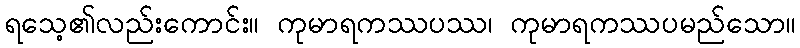
ရသေ့၏လည်းကောင်း။ ကုမာရကဿပဿ၊ ကုမာရကဿပမည်သော။